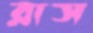
রাস